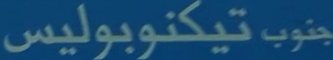
جنوب تيكنوبوليس